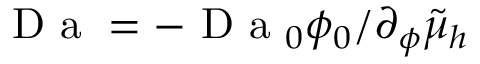
\mathrm { ~ D ~ a ~ } = - \mathrm { ~ D ~ a ~ } _ { 0 } \phi _ { 0 } / \partial _ { \phi } \tilde { \mu } _ { h }